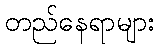
တည်နေရာများ